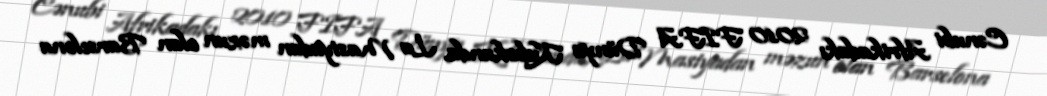
Cənubi Afrikadakı 2010 FIFA Dünya Kubokunda, La Masiyadan məzun olan Barselona